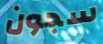
سجون